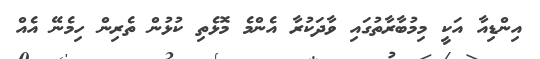
އިންޑިއާ އަކީ މިމުބާރާތުގައި ވާދަކުރާ އެންމެ މޮޅެތި ކުޅުން ތެރިން ހިމެނޭ އެއް